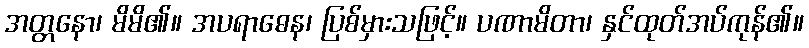
အတ္တနော၊ မိမိ၏။ အပရာဓေန၊ ပြစ်မှားသဖြင့်။ ပဏာမိတာ၊ နှင်ထုတ်အပ်ကုန်၏။